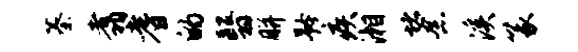
蓁翥耆的翳胼矜疾湘堵念溪篆